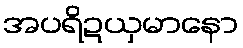
အပရိဍယှမာနော